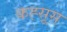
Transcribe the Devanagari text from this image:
कह्सूस